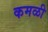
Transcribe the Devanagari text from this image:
कमळी